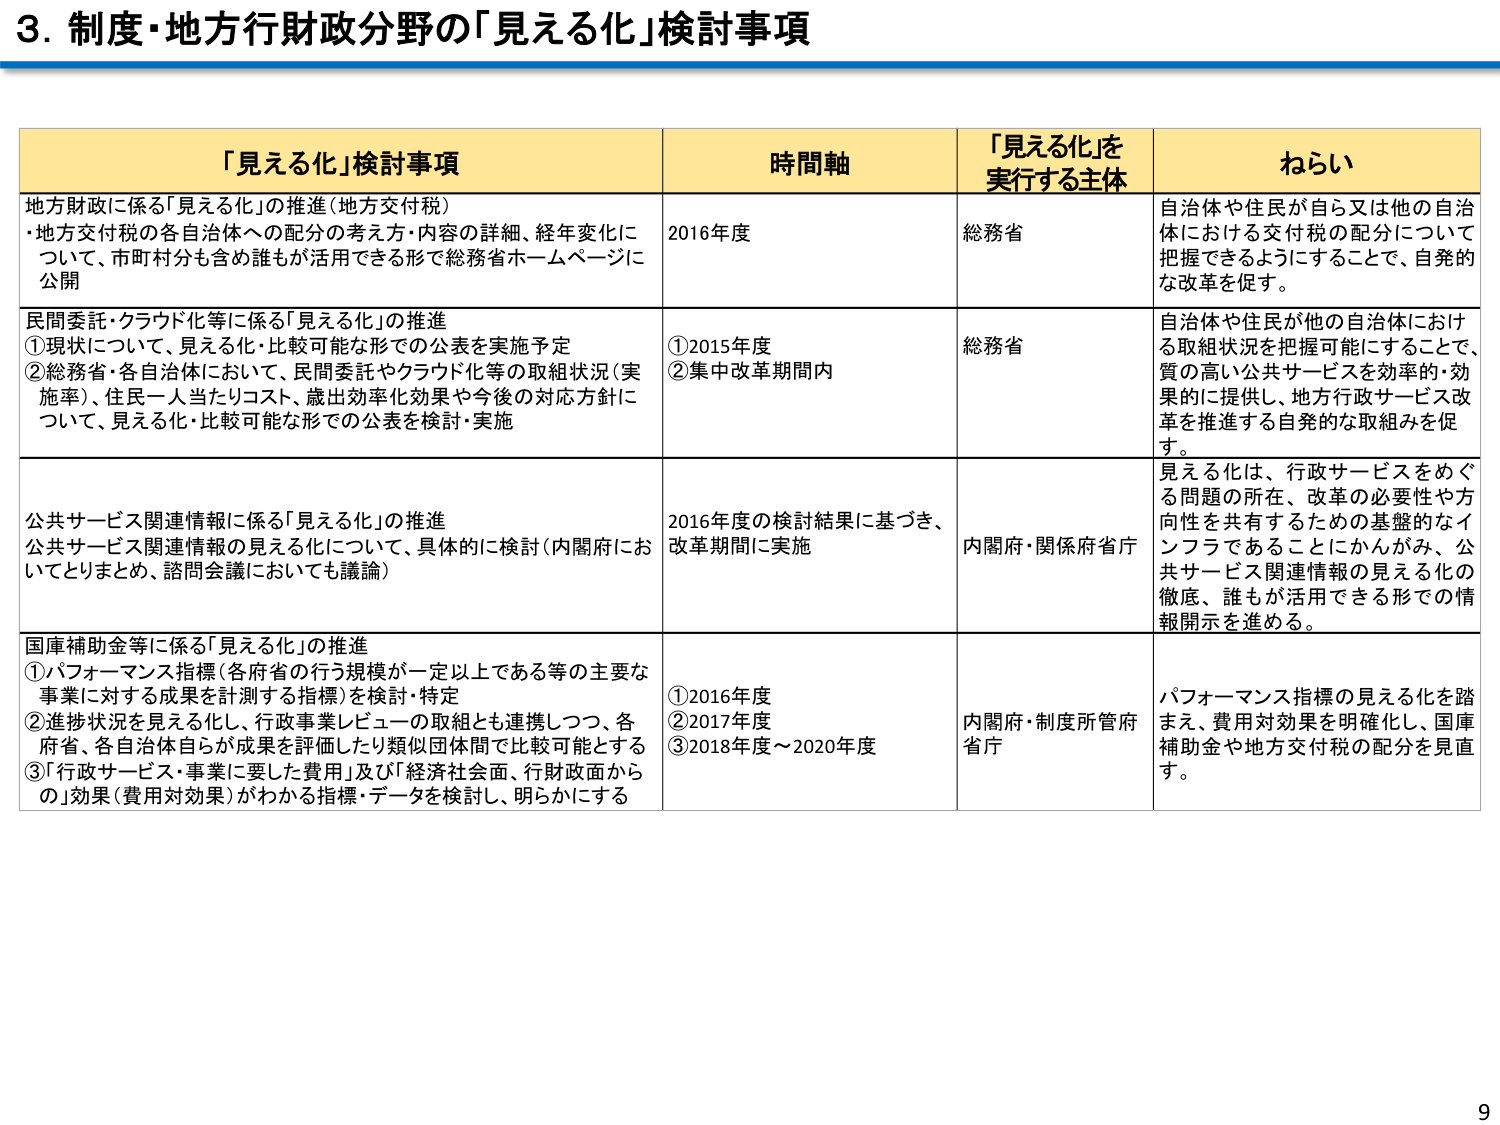
3. 制度・地方行財政分野の「見える化」検討事項

「見える化」検討事項　　　　　　　　　　　　　時間軸　　　　　　　　　　「見える化」を実行する主体　　　　　　　　ねらい

地方財政に係る「見える化」の推進（地方交付税）
・地方交付税の各自治体への配分の考え方・内容の詳細、経年変化について、市町村分も含め誰もが活用できる形で総務省ホームページに公開
2016年度　　　　　　　　　　　　　　　　　　　　総務省　　　　　　　　　　　　　　　　　　自治体や住民が自ら又は他の自治体における交付税の配分について把握できるようにすることで、自発的な改革を促す。

民間委託・クラウド化等に係る「見える化」の推進
①現状について、見える化・比較可能な形での公表を実施予定
②総務省・各自治体において、民間委託やクラウド化等の取組状況（実施率）、住民一人当たりコスト、歳出効率化効果や今後の対応方針について、見える化・比較可能な形での公表を検討・実施
①2015年度
②集中改革期間内　　　　　　　　　　　　　　　　総務省　　　　　　　　　　　　　　　　　　自治体や住民が他の自治体における取組状況を把握可能にすることで、質の高い公共サービスを効率的・効果的に提供し、地方行政サービス改革を推進する自発的な取組みを促す。

公共サービス関連情報に係る「見える化」の推進
公共サービス関連情報の見える化について、具体的に検討（内閣府においてとりまとめ、諮問会議においても議論）
2016年度の検討結果に基づき、改革期間に実施　　　　　　　　　　　　　　　　内閣府・関係府省庁　　　　　　　　　　見える化は、行政サービスをめぐる問題の所在、改革の必要性や方向性を共有するための基盤的なインフラであることにかんがみ、公共サービス関連情報の見える化の徹底、誰もが活用できる形での情報開示を進める。

国庫補助金等に係る「見える化」の推進
①パフォーマンス指標（各府省の行う規模が一定以上である等の主要な事業に対する成果を計測する指標）を検討・特定
②進捗状況を見える化し、行政事業レビューの取組とも連携しつつ、各府省、各自治体自らが成果を評価したり類似団体間で比較可能とする
③「行政サービス・事業に要した費用」及び「経済社会面、行財政面からの」効果（費用対効果）がわかる指標・データを検討し、明らかにする
①2016年度
②2017年度
③2018年度～2020年度　　　　　　　　　　　　　　内閣府・制度所管府省庁　　　　　　　　　　パフォーマンス指標の見える化を踏まえ、費用対効果を明確化し、国庫補助金や地方交付税の配分を見直す。

9